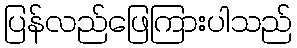
ပြန်လည်ဖြေကြားပါသည်